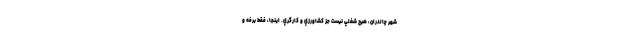
شهر چالدران، هيچ شغلي نيست جز كشاورزي و كارگري. اينجا، فقط برفه و